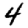
Digit: 4